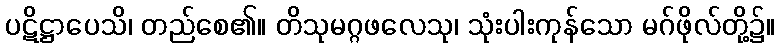
ပဋိဋ္ဌာပေသိ၊ တည်စေ၏။ တိသုမဂ္ဂဖလေသု၊ သုံးပါးကုန်သော မဂ်ဖိုလ်တို့၌။